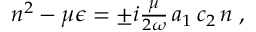
\begin{array} { r } { n ^ { 2 } - \mu { \epsilon } = \pm i \frac { \mu } { 2 \omega } \, a _ { 1 } \, c _ { 2 } \, n \; , } \end{array}